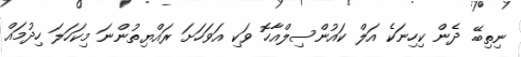
ނިތިބޭ. ދެން ކިހިނަކެ އަލް ކައުންސިލްއާހޮ ވަކި އަވަހަށަ ރައްޔިތުންނަ މިކަހަލަ ހިދުމައް